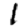
Digit: 1